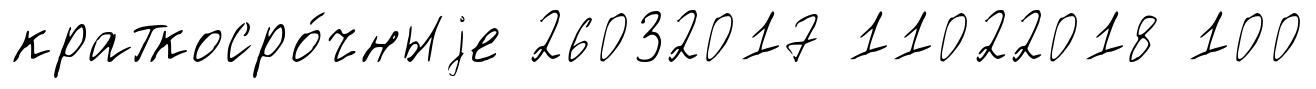
краткосро́чныjе 26032017 11022018 100